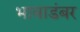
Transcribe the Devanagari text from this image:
भावाडंबर